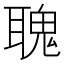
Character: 聭